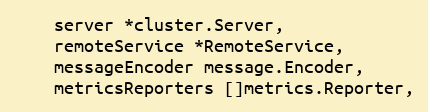
Language: Go
	server *cluster.Server,
	remoteService *RemoteService,
	messageEncoder message.Encoder,
	metricsReporters []metrics.Reporter,